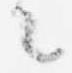
々